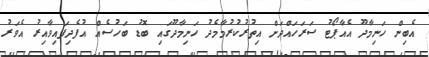
އެބިން ހަނިމާދޫ އެއާޕޯޓު ސަރަހައްދަށް އިތުރުކުރުމާމެދު ހަނިމާދޫގައި ބޮޑު ބަހުސެއް އުފެދިފައިވާއިރު އެވަރު